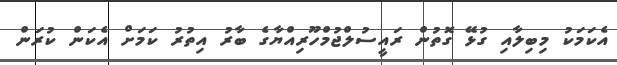
އެކަމަކު މިބިލާއި ގުޅޭ ގޮތުން ރައީސުލްޖުމްހޫރިއްޔާގެ ބާރު އިތުރު ކަމަށް އެކަން ކުރަން